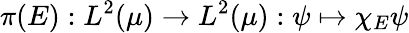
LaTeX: \pi(E):L^{2}(\mu)\to L^{2}(\mu):\psi\mapsto\chi_{E}\psi